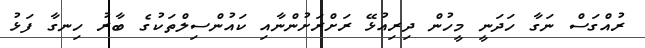
ރުއްގަސް ނަގާ ހަދަނީ މީހުން ދިރިއުޅޭ ރަށްރަށުންނާއި ކައުންސިލްތަކުގެ ބާރު ހިނގާ ފަޅު